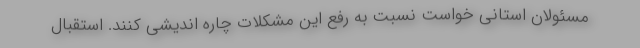
مسئولان استانی خواست نسبت به رفع این مشکلات چاره اندیشی کنند. استقبال